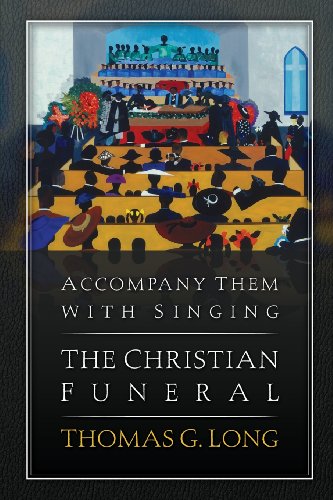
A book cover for Accompany Them with Singing--The Christian Funeral; Thomas G. Long; Christian Books & Bibles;